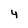
Character: 4